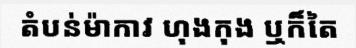
តំបន់ម៉ាកាវ ហុងកុង ឬក៏តៃ